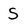
Character: S